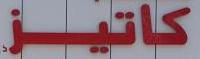
كاتيز